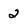
Character: 2